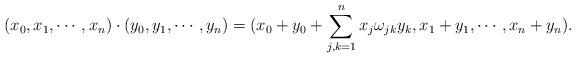
LaTeX: \begin{align*}( x_0, x_1, \cdots, x_n ) \cdot( y_0, y_1, \cdots, y_n ) =( x_0 + y_0 + \sum_{j,k=1}^n x_j \omega_{jk} y_k, x_1 + y_1, \cdots, x_n + y_n ). \end{align*}